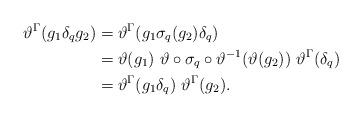
LaTeX: \begin{align*}\vartheta^{\Gamma}(g_{1} \delta_{q} g_{2}) & = \vartheta^{\Gamma}(g_{1} \sigma_{q}(g_{2}) \delta_{q})\\& = \vartheta(g_{1}) \ \vartheta \circ \sigma_{q} \circ \vartheta^{-1}(\vartheta(g_{2})) \ \vartheta^{\Gamma}(\delta_{q})\\& = \vartheta^{\Gamma}(g_{1}\delta_{q}) \ \vartheta^{\Gamma}(g_{2}).\end{align*}